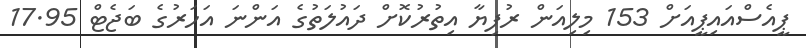
ޕީއެސްއައިޕީއަށް 153 މިލިއަން ރުފިޔާ އިތުރުކޮށް ދައުލަތުގެ އަންނަ އަހަރުގެ ބަޖެޓް 17.95